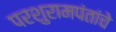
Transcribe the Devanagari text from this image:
परशुरामपंतांचे